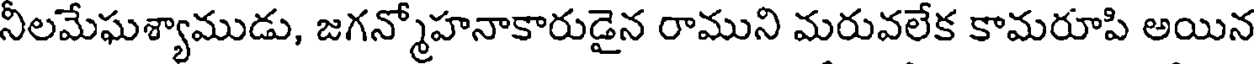
నీలమేఘశ్యాముడు, జగన్మోహనాకారుడైన రాముని మరువలేక కామరూపి అయిన